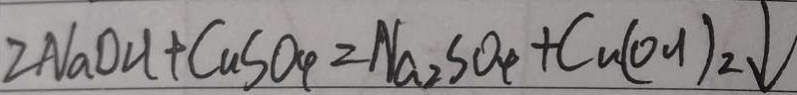
2 N a O H + C a S O _ { 4 } = N a _ { 2 } S O _ { 4 } + C u ( O H ) _ { 2 } \downarrow